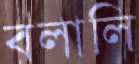
বলালি